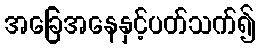
အခြေအနေနှင့်ပတ်သက်၍